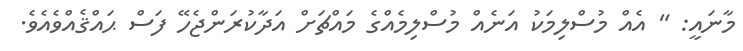
މާނައީ: " އެއް މުސްލިމަކު އަނެއް މުސްލިމެއްގެ މައްޗަށް އަދާކުރަންޖެހޭ ފަސް ޙައްޤެއްވެއެވެ.